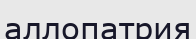
аллопатрия